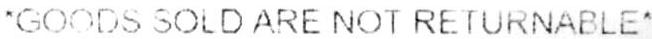
*GOODS SOLD ARE NOT RETURNABLE*